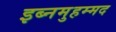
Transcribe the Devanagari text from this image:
इब्नमुहम्मद